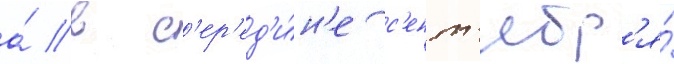
а́ в с'ер'ед'и́н'е с'ент'ябр'я́